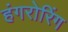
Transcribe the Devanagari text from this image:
हंगरोरिंग